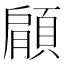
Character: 顅